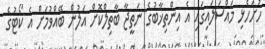
ހުށަހެޅި މައްސަލައިގައި އެ އިންތިޚާބުގެ ނަތީޖާ ބާތިލްކޮށް އަލުން ބޭއްވުމަށް އެ ކޯޓުގެ